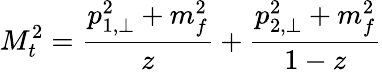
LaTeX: M_{t}^{2}=\frac{p_{1,\perp}^{2}+m_{f}^{2}}{z}+\frac{p_{2,\perp}^{2}+m_{f}^{2}}{1-z}